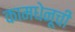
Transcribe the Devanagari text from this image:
कामधेनूची